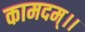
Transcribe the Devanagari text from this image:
कामदम्।।